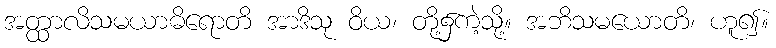
အတ္ထာလိသမယာဓိရောတိ အာဒိသု ဝိယ၊ တို့၌ကဲ့သို့။ အဘိသမယောတိ၊ ဟူ၍။